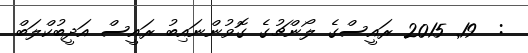
:  19